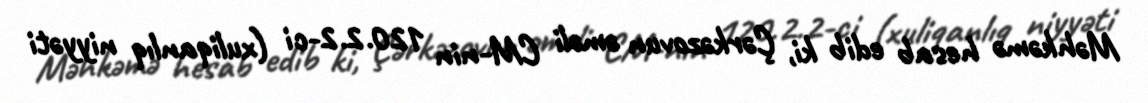
Məhkəmə hesab edib ki, Çərkəzovun əməli CM-nin 120.2.2-ci (xuliqanlıq niyyəti